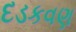
દડકવણ